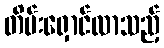
တိမ်းရှောင်လာသည့်